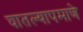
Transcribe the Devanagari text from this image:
घातल्यापमाणे